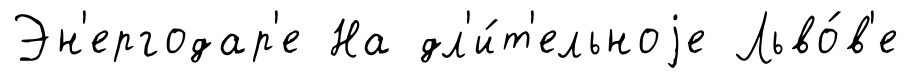
Эн'ергодар'е На дл'и́т'ельноjе Льво́в'е